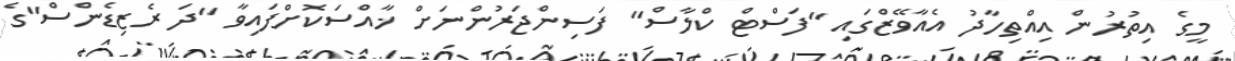
މީގެ އިތުރުން އިއްތިހާދު އެއާވޭޒްގައި "ފަސްޓް ކްލާސް" ފަސިންޖަރުންނަށް ޚާއްސަކޮށްފައިވާ "ދަ ރެޒިޑެންސް"ގެ